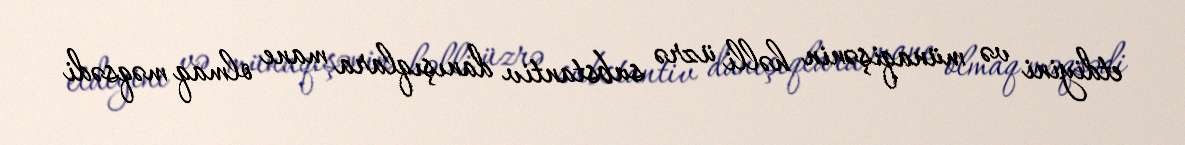
etdiyini və münaqişənin həlli üzrə substantiv danışıqlara mane olmaq məqsədi